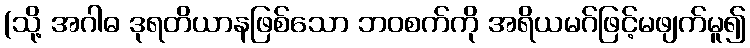
(သို့ အဂါဓ ဒုရတိယာနဖြစ်သော ဘဝစက်ကို အရိယမဂ်ဖြင့်မဖျက်မူ၍